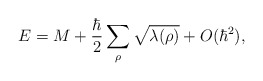
\begin{align*}E = M + {\hbar\over2} \sum_{\rho}\sqrt{\lambda(\rho)}+ O(\hbar^2),\end{align*}